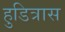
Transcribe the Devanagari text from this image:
हुडित्रास